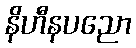
နိဟီနပညော